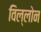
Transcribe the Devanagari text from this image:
विल्लोन